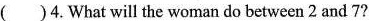
( )4.What will the woman do between 2 and 7?